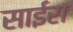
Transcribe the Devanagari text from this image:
साईरा